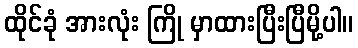
ထိုင်ခုံ အားလုံး ကြို မှာထားပြီးပြီမို့ပါ။